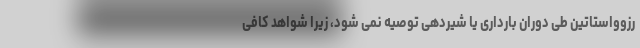
رزوواستاتین طی دوران بارداری یا شیردهی توصیه نمی شود، زیرا شواهد کافی